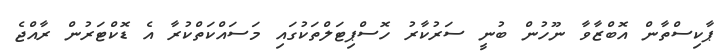
ޕާކިސްތާން އޮބްޒާވާ ނޫހުން ބުނީ ސަރުކާރު ހޮސްޕިޓަލްތަކުގައި މަސައްކަތްކުރާ އެ ޑޮކްޓަރުން ރާއްޖެ